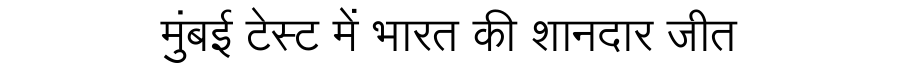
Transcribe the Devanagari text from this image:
मुंबई टेस्ट में भारत की शानदार जीत